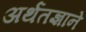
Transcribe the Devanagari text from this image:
अर्थतज्ञाने